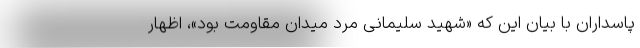
پاسداران با بیان این که «شهید سلیمانی مرد میدان مقاومت بود»، اظهار